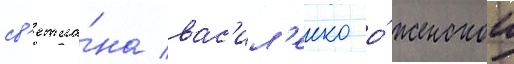
св'етла́на вас'ил'енко о́ женскои